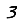
Digit: 3